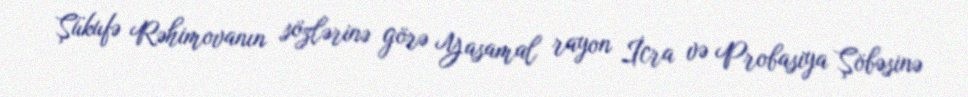
Şükufə Rəhimovanın sözlərinə görə Yasamal rayon İcra və Probasiya Şöbəsinə